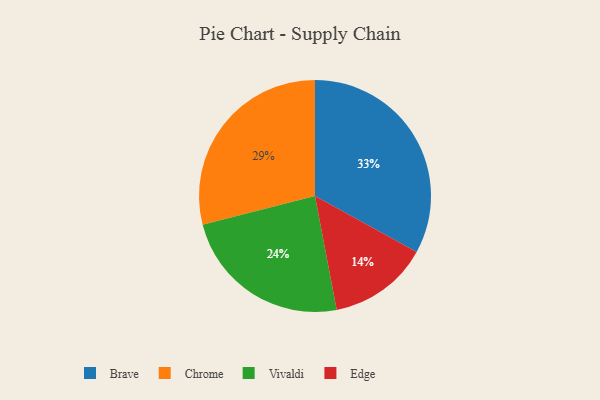
{"axis": {"x": "Category", "y": "Percentage"}, "legend": ["Brave", "Chrome", "Edge", "Vivaldi"], "data": [{"x": "Edge", "y": 14, "type": "Edge"}, {"x": "Brave", "y": 33, "type": "Brave"}, {"x": "Chrome", "y": 29, "type": "Chrome"}, {"x": "Vivaldi", "y": 24, "type": "Vivaldi"}]}